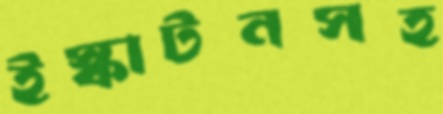
ইস্কাটনসহ